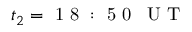
t _ { 2 } = \mathrm { ~ 1 ~ 8 ~ : ~ 5 ~ 0 ~ \, ~ U ~ T ~ }